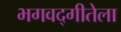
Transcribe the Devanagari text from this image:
भगवद्गीतेला